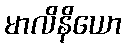
မာလိနိယော